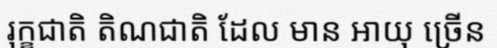
រុក្ខជាតិ តិណជាតិ ដែល មាន អាយុ ច្រើន